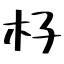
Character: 杍